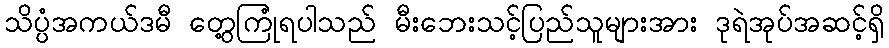
သိပ္ပံအကယ်ဒမီ တွေ့ကြုံရပါသည် မီးဘေးသင့်ပြည်သူများအား ဒုရဲအုပ်အဆင့်ရှိ